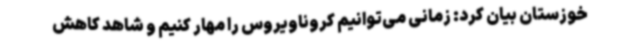
خوزستان بیان کرد: زمانی می‌توانیم کروناویروس را مهار کنیم و شاهد کاهش